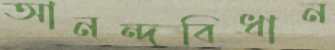
আনন্দবিধান